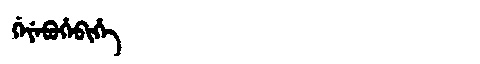
Manchu: ᡤᡝᠶᡝᠪᡠᡥᡝᠪᡳᡥᡝ
Romanization: GEYEBUHEBIHE